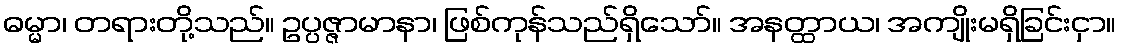
ဓမ္မာ၊ တရားတို့သည်။ ဥပ္ပဇ္ဇာမာနာ၊ ဖြစ်ကုန်သည်ရှိသော်။ အနတ္ထာယ၊ အကျိုးမရှိခြင်းငှာ။